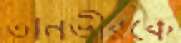
তানভীরকে